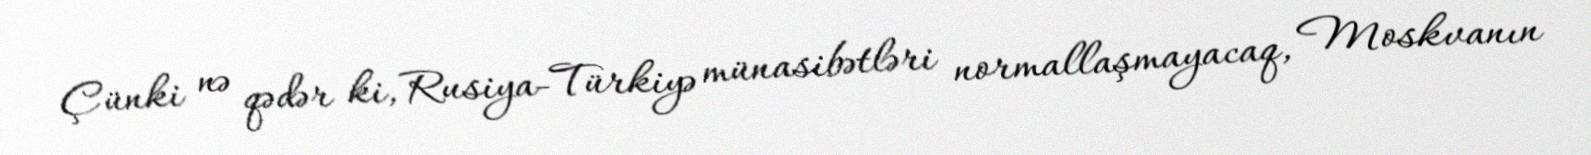
Çünki nə qədər ki, Rusiya-Türkiyə münasibətləri normallaşmayacaq, Moskvanın